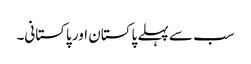
سب سے پہلے پاکستان اور پاکستانی۔